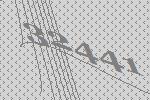
32441